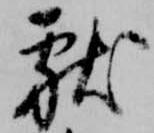
献